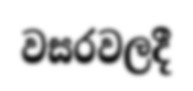
වසරවලදී